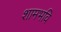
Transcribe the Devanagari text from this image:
शामभवि